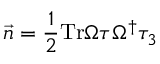
\vec { n } = { \frac { 1 } { 2 } } \mathrm { T r } \Omega \tau \Omega ^ { \dagger } \tau _ { 3 }